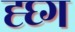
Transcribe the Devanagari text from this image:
ह्घ्ग